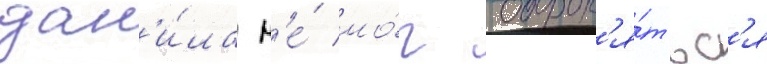
дан'и́ла н'е́ мо́г оборон'я́тьс'я